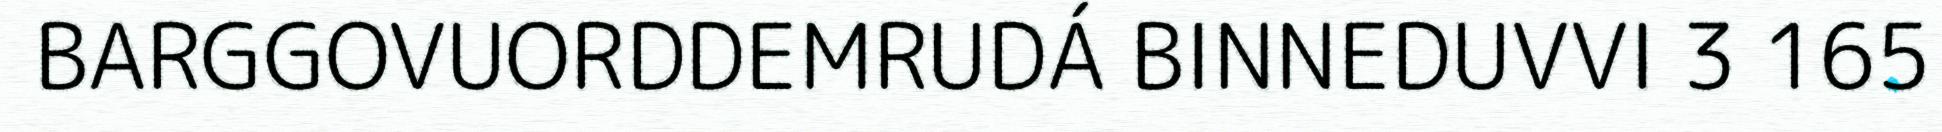
BARGGOVUORDDEMRUDÁ BINNEDUVVI 3 165